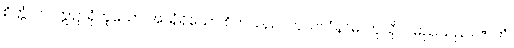
စိတ္တံ၊ ဤ ဣဋ္ဌာရုံဟူသော အာရုံရှိသော စိတ်သည်။ ကုသလံနာမ၊ ကုသိုလ်မည်သည်။ ဇာတံ၊